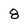
Character: 8